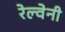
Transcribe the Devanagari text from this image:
रेल्वेनी